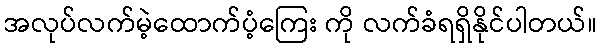
အလုပ်လက်မဲ့ထောက်ပံ့ကြေး ကို လက်ခံရရှိနိုင်ပါတယ်။